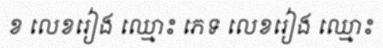
ខ លេខរៀង ឈ្មោះ ភេទ លេខរៀង ឈ្មោះ